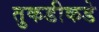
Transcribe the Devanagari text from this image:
तुकडीकडे